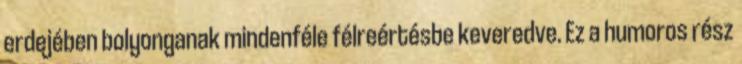
erdejében bolyonganak mindenféle félreértésbe keveredve. Ez a humoros rész